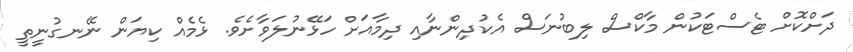
ދަށްކޮށް ޓެސްޓަކުން މާކްސް ލިބުނަސް އެކުދިންނާއި ދިމާއަށް ހަޅޭނުލަވާށެވެ. ޅެމެއް ކިޔަން ނޭނގުނީތީ